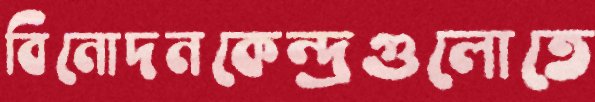
বিনোদনকেন্দ্রগুলোতে